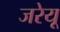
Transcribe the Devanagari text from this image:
जरेयू